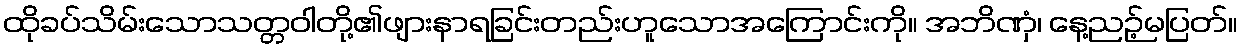
ထိုခပ်သိမ်းသောသတ္တဝါတို့၏ဖျားနာရခြင်းတည်းဟူသောအကြောင်းကို။ အဘိဏှံ၊ နေ့ညဉ့်မပြတ်။